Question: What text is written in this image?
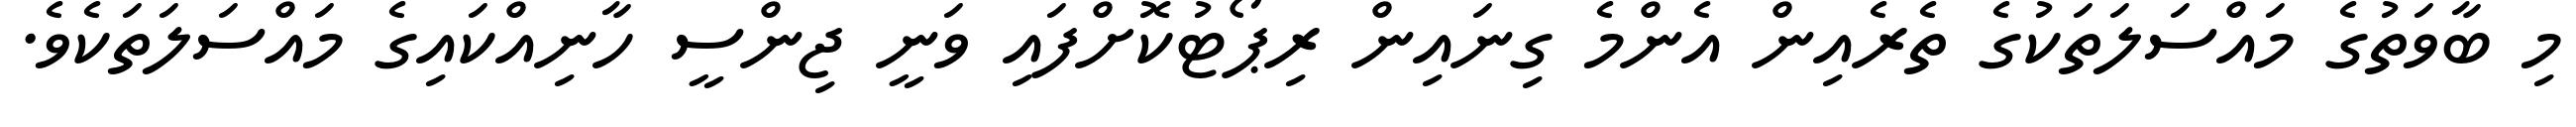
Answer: މި ބާވަތުގެ މައްސަލަތަކުގެ ތެރެއިން އެންމެ ގިނައިން ރިޕޯޓުކޮށްފައި ވަނީ ޖިންސީ ހާނިއްކައިގެ މައްސަލަތަކެވެ.